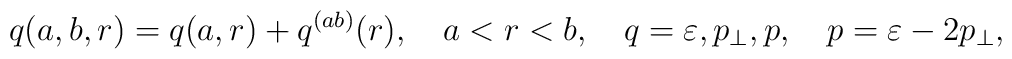
q(a,b,r)=q(a,r)+q^{(ab)}(r),\quad a<r<b, \quad q=\varepsilon ,p_\perp ,p,\quad p=\varepsilon -2p_\perp ,